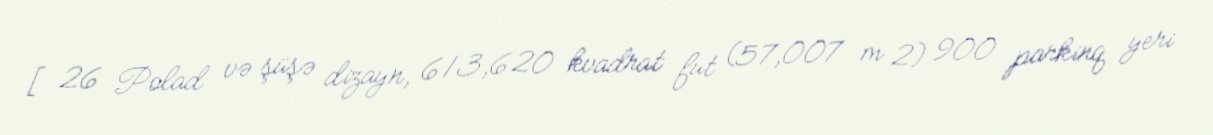
[26 Polad və şüşə dizayn, 613,620 kvadrat fut (57,007 m 2) 900 parkinq yeri